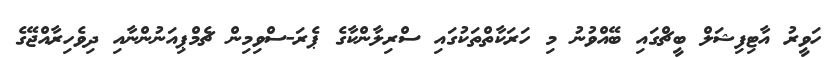
ހަވީރު އާޓިފިޝަލް ބީޗްގައި ބޭއްވުނު މި ހަރަކާތްތަކުގައި ސްރިލާންކާގެ ޕެރަ-ސްވިމިން ޗެމްޕިއަނުންނާއި ދިވެހިރާއްޖޭގެ